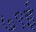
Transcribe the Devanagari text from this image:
७९ई